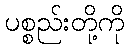
ပစ္စည်းတို့ကို